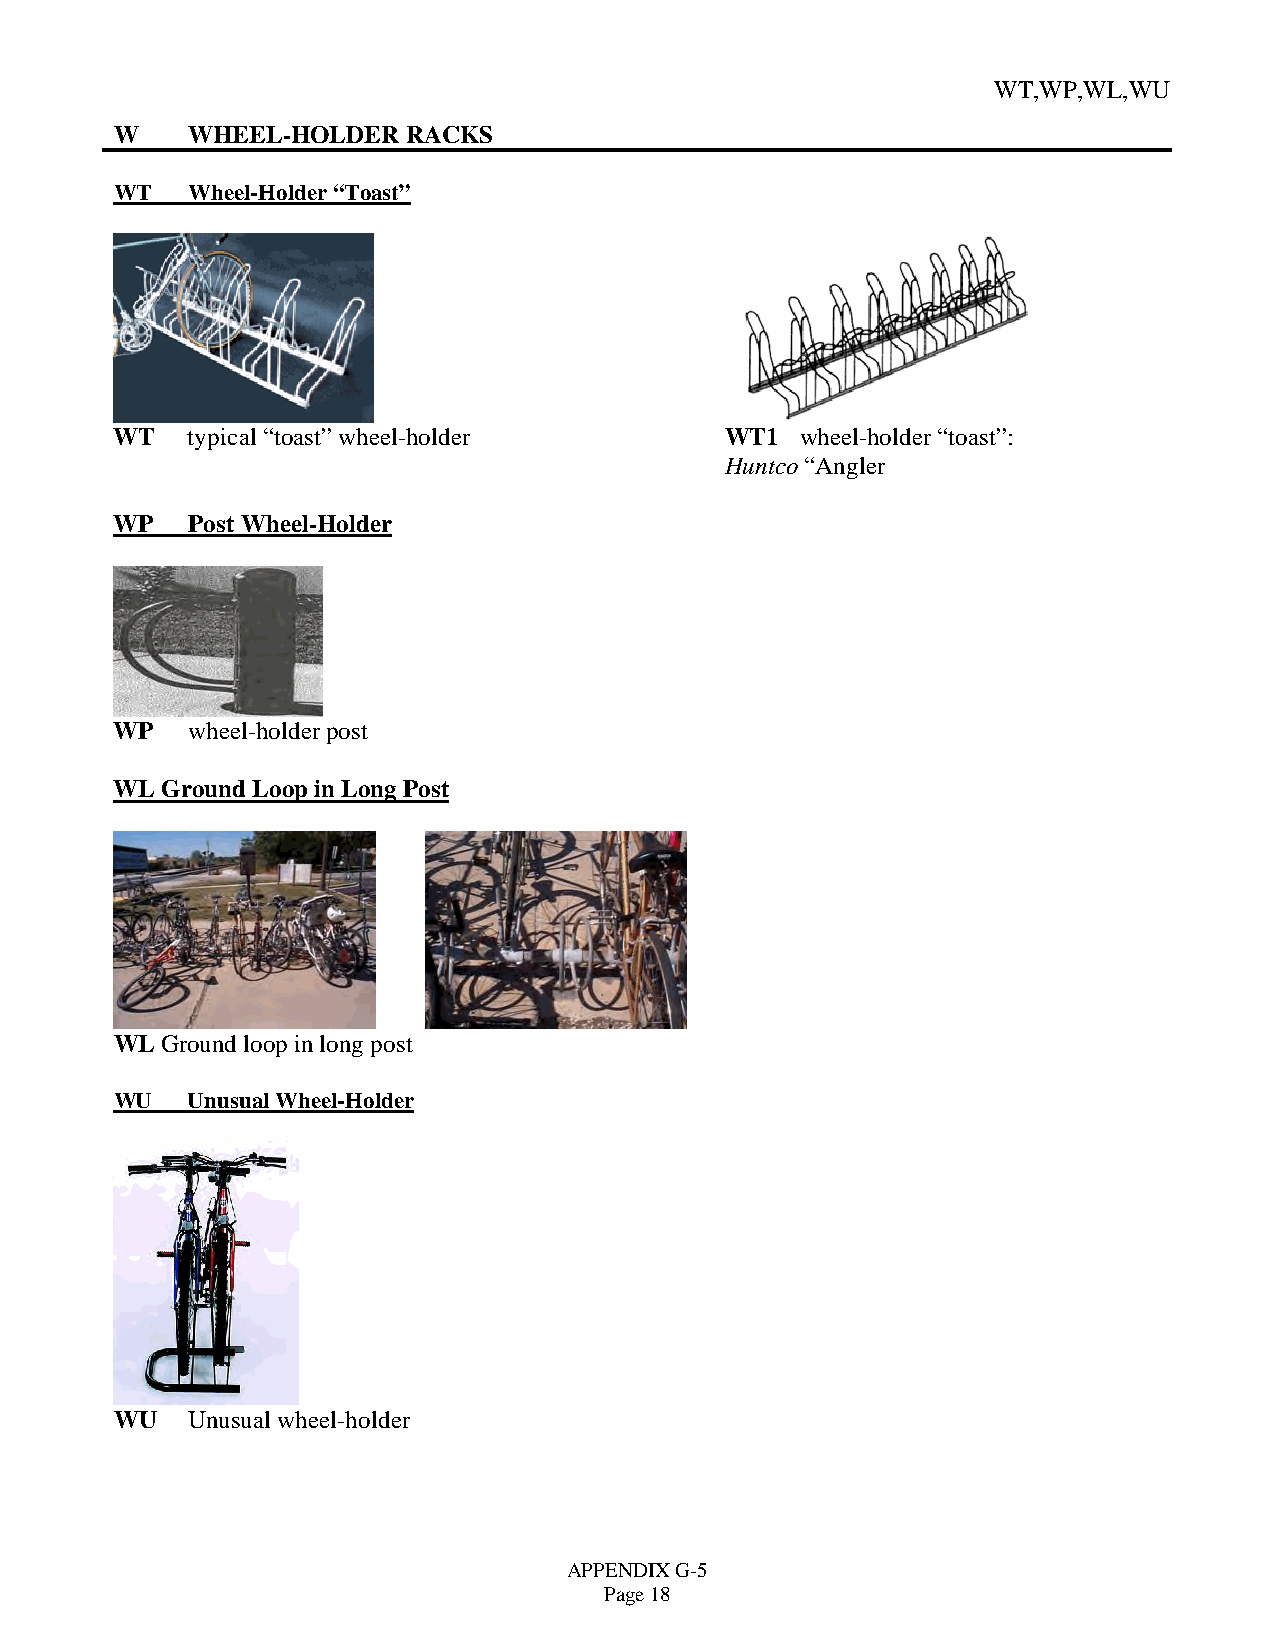
WT,WP,WL,WU
 W   WHEEL-HOLDER   RACKS
 WT  Wheel-Holder “Toast”
 WT  typical “toast” wheel-holder        WT1  wheel-holder “toast”:
 Huntco “Angler
 WP  Post Wheel-Holder
 WP  wheel-holder post
 WL Ground Loop in Long Post
 WL Ground loop in long post
 WU  Unusual Wheel-Holder
 WU  Unusual wheel-holder
 APPENDIX G-5
 Page 18